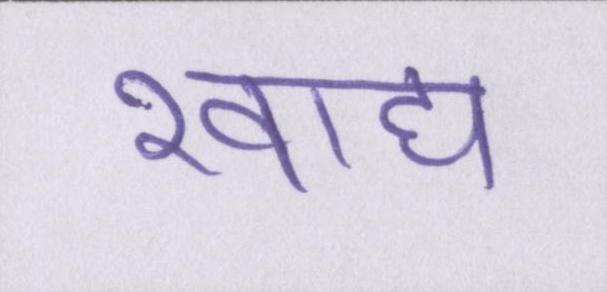
खाद्य